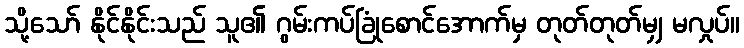
သို့သော် နိုင်နိုင်းသည် သူ၏ ဂွမ်းကပ်ခြုံစောင်အောက်မှ တုတ်တုတ်မျှ မလှုပ်။